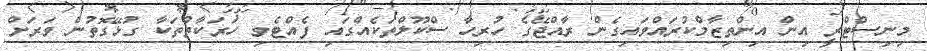
މިނިސްޓްރީ އިން އިންތިޒާމްކުރައްވައިގެން ރާއްޖޭގެ ހުރިހާ ސްކޫލްތަކެއްގައި ފެއްޓެވި ހަރަކާތްތަކާ ގުޅޭގޮތުން ވަރަށް